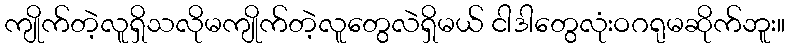
ကျိုက်တဲ့လူရှိသလိုမကျိုက်တဲ့လူတွေလဲရှိမယ် ငါဒါတွေလုံးဝဂရုမဆိုက်ဘူး။